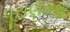
પૂરાણકથા